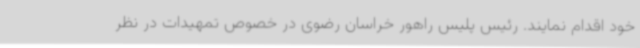
خود اقدام نمایند. رئیس پلیس راهور خراسان رضوی در خصوص تمهیدات در نظر